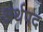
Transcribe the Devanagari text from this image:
अर्थपद